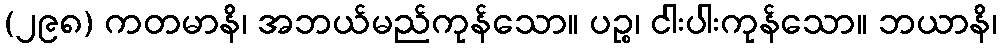
(၂၉၈) ကတမာနိ၊ အဘယ်မည်ကုန်သော။ ပဉ္စ၊ ငါးပါးကုန်သော။ ဘယာနိ၊